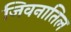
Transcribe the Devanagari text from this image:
जिवनातिल